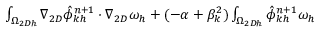
\begin{array} { r l } { \small } & { { } \int _ { \Omega _ { 2 D h } } \nabla _ { 2 D } \hat { \phi } _ { k h } ^ { n + 1 } \cdot \nabla _ { 2 D } \omega _ { h } + ( - \alpha + \beta _ { k } ^ { 2 } ) \int _ { \Omega _ { 2 D h } } \hat { \phi } _ { k h } ^ { n + 1 } \omega _ { h } } \end{array}